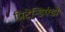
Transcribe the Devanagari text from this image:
प्रिटेन्डिएंडो